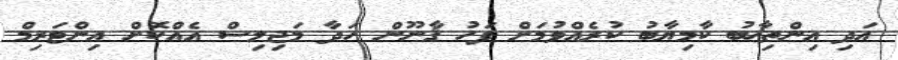
އަދި އިންތިޚާބު ކާމިޔާބު ކުރެއްވުމަށް ފަހު ޤާނޫން ހަދާ މަޖިލިސް އެއްކޮށް އިންޓަރިމް